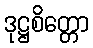
ဒုဋ္ဌစိတ္တော